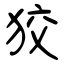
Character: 狡